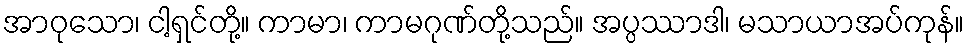
အာဝုသော၊ ငါ့ရှင်တို့။ ကာမာ၊ ကာမဂုဏ်တို့သည်။ အပ္ပဿာဒါ၊ မသာယာအပ်ကုန်။